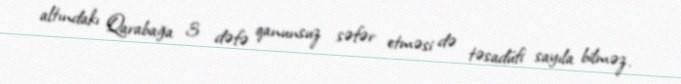
altındakı Qarabağa 3 dəfə qanunsuz səfər etməsi də təsadüfi sayıla bilməz.